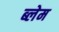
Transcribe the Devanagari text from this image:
ब्लेम